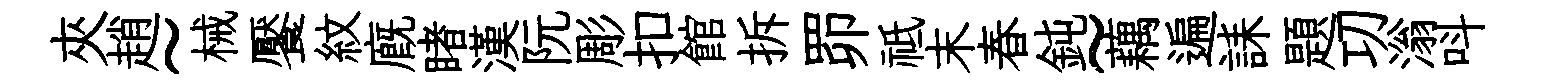
夾趙~械饜紋廐睹漢阮彫扣館拆𦊑祗末春鈍~藕遍誄題㓛滃呌